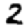
Digit: 2